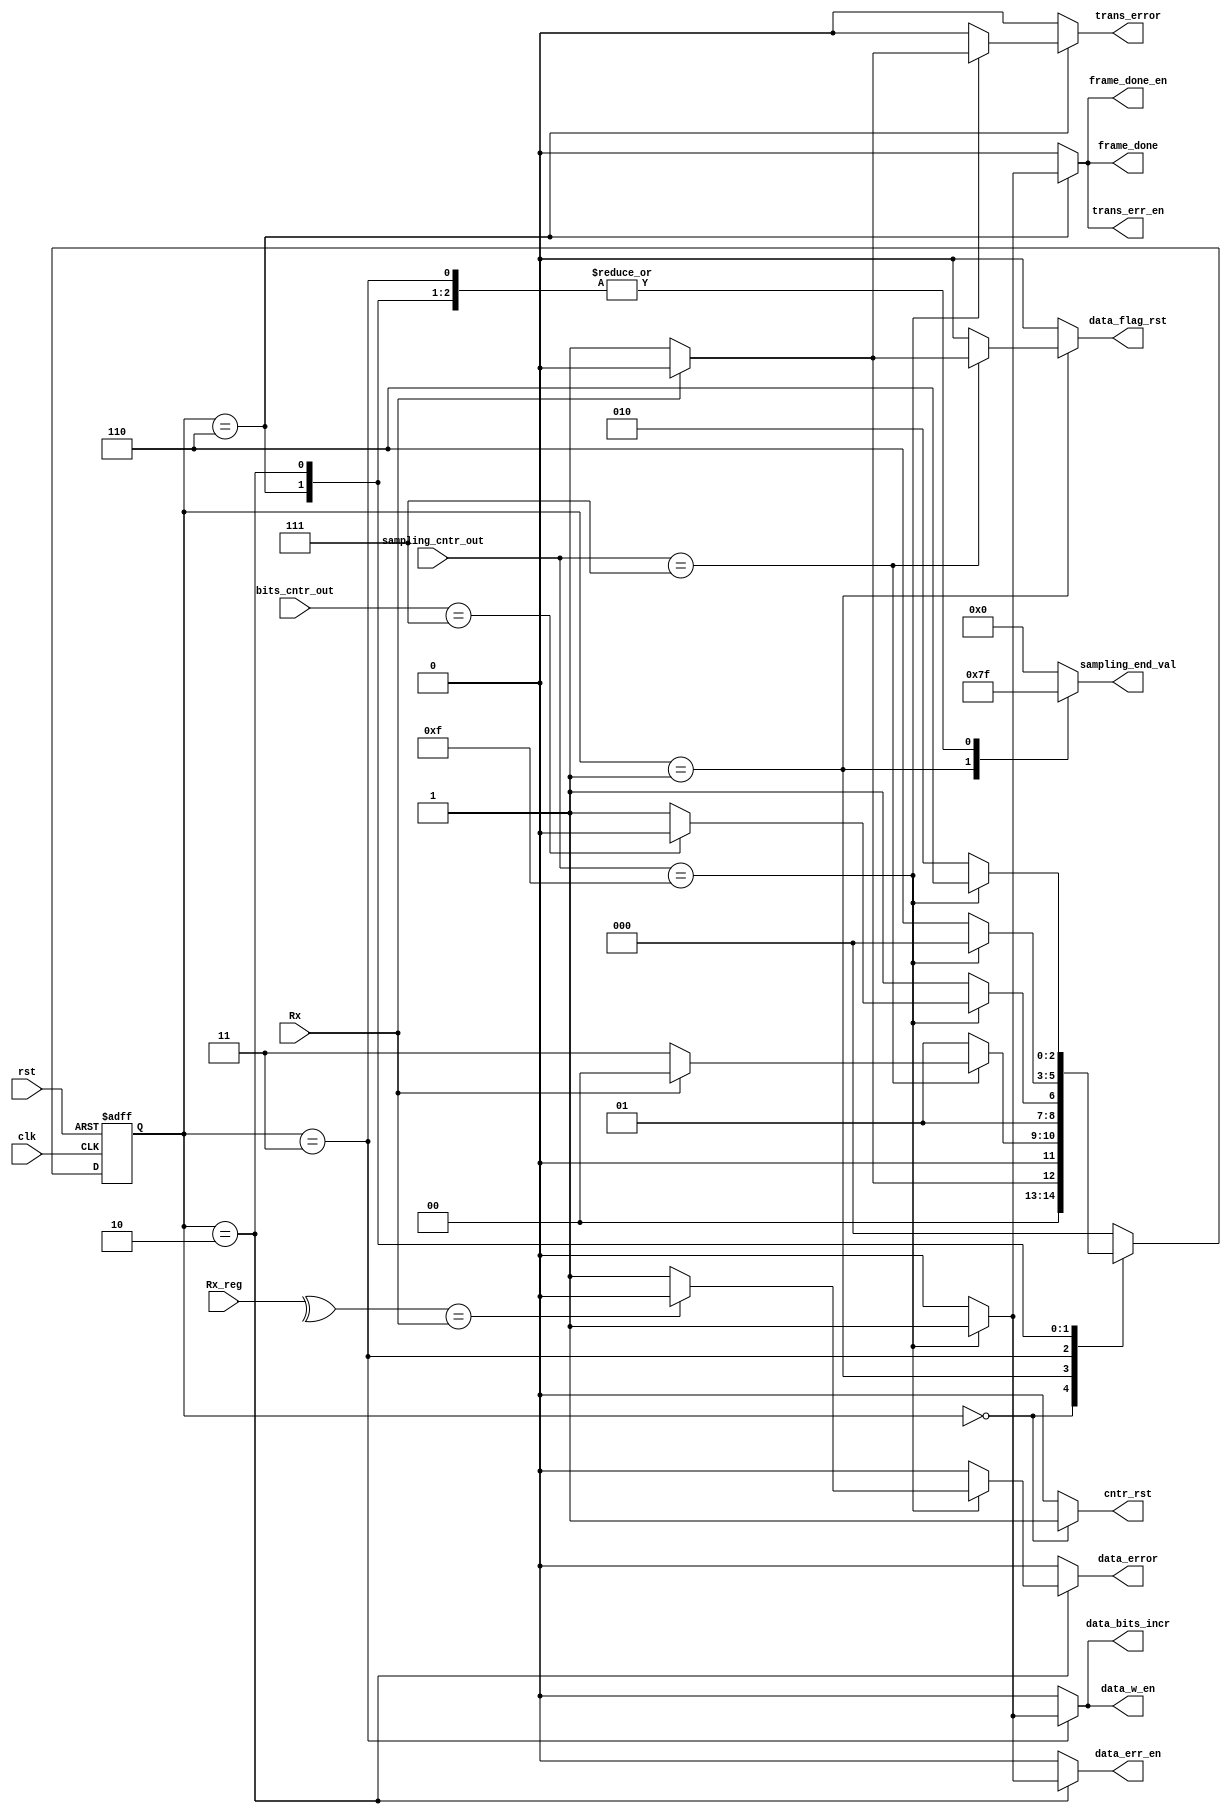
module Rx_controller_fsm #(parameter parity_on='d1, parameter data_size='d8, parameter sampling_cntr_width='d4,
parameter no_of_samples='d16,parameter even_parity='d1)(
input clk,
input rst, 
input Rx,
input [sampling_cntr_width-1:0] sampling_cntr_out,
input [2 : 0] bits_cntr_out,
input [data_size-1 : 0] Rx_reg,
output reg cntr_rst,
output reg data_flag_rst,
output reg [sampling_cntr_width-1 :0] sampling_end_val,
output reg data_bits_incr,
output reg data_w_en,
output reg trans_err_en,
output reg data_err_en,
output reg frame_done_en,     
output reg trans_error,
output reg data_error,
output reg frame_done
    );
	 
	 ///////////////////// state parameters ////////////////////////
	 	 
	 if(parity_on=='d1)begin
		`define P_on
	 end
	 
	 `ifdef P_on
		wire parity = even_parity? ^Rx_reg : !(^Rx_reg) ;
		localparam state_reg_width = 'd3;
		//state encoding -- (gray coding)
		localparam [state_reg_width-1 : 0] idle='b000, start='b001, Read='b011, parity_ckeck='b010,stop='b110;
	 `else
		localparam state_reg_width = 'd2;
		//state encoding -- (gray coding)
		localparam [state_reg_width-1 : 0] idle='b00, start='b01, Read='b11,stop='b10;		
	`endif
	 
	 reg [state_reg_width-1 : 0] next_state, state ;
	
   //////////////////////// state register /////////////////
	always @(posedge clk, posedge rst) begin
		if(rst) begin
			state <= idle;
		end
		else begin
			state <= next_state;
		end
	end
	
	///////////////////// nextt state and output logic ////////////////////
	always @(*)begin
	
		cntr_rst='d0;
		data_flag_rst = 'd0;
		sampling_end_val='d0;
		data_bits_incr='d0;
		data_w_en='d0;
		trans_err_en='d0; 
		data_err_en='d0; 
		frame_done_en='d0;
		trans_error='d0;
		data_error='d0;
		frame_done='d0;
		next_state =idle;
		case(state)
			idle:begin
				cntr_rst = 'd1;			
				if(Rx==0)begin
					next_state = start;
				end
				else begin
					next_state = idle;
				end
			end
			start:begin
				sampling_end_val = (no_of_samples/2)-1;
				
				if(sampling_cntr_out == sampling_end_val) begin
					if(Rx==0)begin
						next_state = Read;
						data_flag_rst = 'd1;
					end
					else begin
						next_state = idle;
					end
				end
				else begin
					next_state = start;
				end		
			end
			Read:begin
				sampling_end_val =no_of_samples-1;
				
				if(sampling_cntr_out == sampling_end_val) begin
					data_bits_incr =1;
					data_w_en =1;				
					if(bits_cntr_out == data_size-1) begin
						if(parity_on) next_state=parity_ckeck; else next_state=stop;
					end
					else begin
						next_state=Read;
					end
				end
				else begin
					next_state=Read;
					data_bits_incr=0;
					data_w_en =0;
				end
			end
			stop:begin
				sampling_end_val=no_of_samples-1;
				if(sampling_cntr_out ==sampling_end_val) begin
					if(Rx==1) trans_error=0; else trans_error=1;
					frame_done = 1;
					trans_err_en=1; 
					frame_done_en=1;
					next_state = idle;
				end
				else begin
					next_state = stop;
				end
			end
			`ifdef P_on
				parity_ckeck:begin
					sampling_end_val= no_of_samples-1;
					if(sampling_cntr_out ==sampling_end_val) begin
						if(parity == Rx) data_error = 0; else data_error=1;
						next_state = stop;
						data_err_en=1;
					end
					else begin
						next_state = parity_ckeck;
					end
				end
			`endif
			default:begin
				next_state = idle;
			end
		endcase
		
	end


endmodule